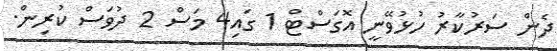
ދެން ސަރުކާރު ހުޅުވޭނީ އޮގަސްޓް 1 ގައި4 މަސް 2 ދުވަސް ކުރިން.